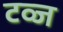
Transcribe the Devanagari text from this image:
टव्ज